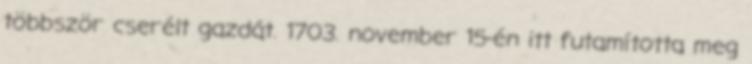
többször cserélt gazdát. 1703. november 15-én itt futamította meg